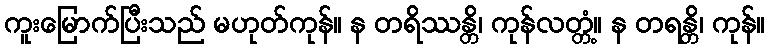
ကူးမြောက်ပြီးသည် မဟုတ်ကုန်။ န တရိဿန္တိ၊ ကုန်လတ္တံ့။ န တရန္တိ၊ ကုန်။